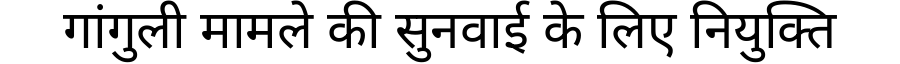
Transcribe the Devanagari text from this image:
गांगुली मामले की सुनवाई के लिए नियुक्ति